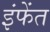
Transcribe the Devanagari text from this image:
इंफेंत